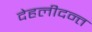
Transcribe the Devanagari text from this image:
देहलीदन्त